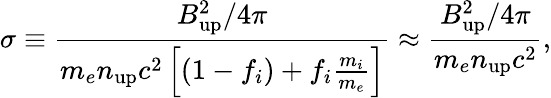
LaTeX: \sigma\equiv\frac{B_{\mathrm{up}}^{2}/4\pi}{m_{e}n_{\mathrm{up}}c^{2}\left[\left(1-f_{i}\right)+f_{i}\frac{m_{i}}{m_{e}}\right]}\approx\frac{B_{\mathrm{up}}^{2}/4\pi}{m_{e}n_{\mathrm{up}}c^{2}},